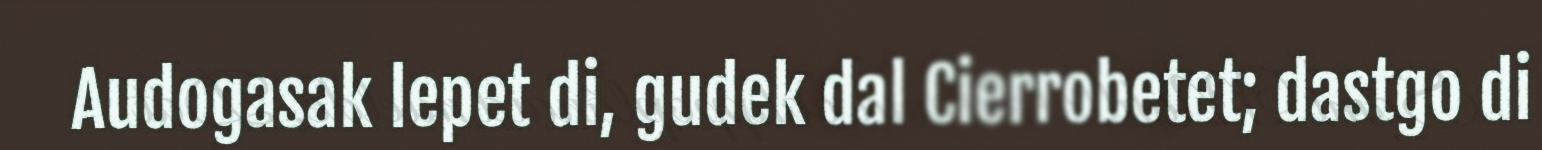
Audogasak lepet di, gudek dal Cierrobetet; dastgo di